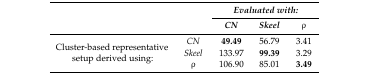
<table><thead><tr><td rowspan="2">[EMPTY_CELL]</td><td rowspan="2">[EMPTY_CELL]</td><td colspan="3"><b><i>Evaluated with:</i></b></td></tr><tr><td><b><i>CN</i></b></td><td><b><i>Skeel</i></b></td><td><b>ρ</b></td></tr></thead><tbody><tr><td rowspan="3">Cluster-based representative setup derived using:</td><td><i>CN</i></td><td><b>49.49</b></td><td>56.79</td><td>3.41</td></tr><tr><td><i>Skeel</i></td><td>133.97</td><td><b>99.39</b></td><td>3.29</td></tr><tr><td>ρ</td><td>106.90</td><td>85.01</td><td><b>3.49</b></td></tr></tbody></table>